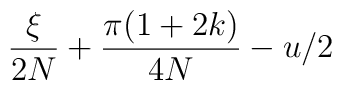
\frac{\xi}{2N} + \frac{ \pi (1+2k) }{4N} -u/2